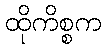
ထိုကိစ္စက